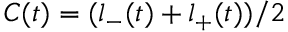
C ( t ) = ( l _ { - } ( t ) + l _ { + } ( t ) ) / 2